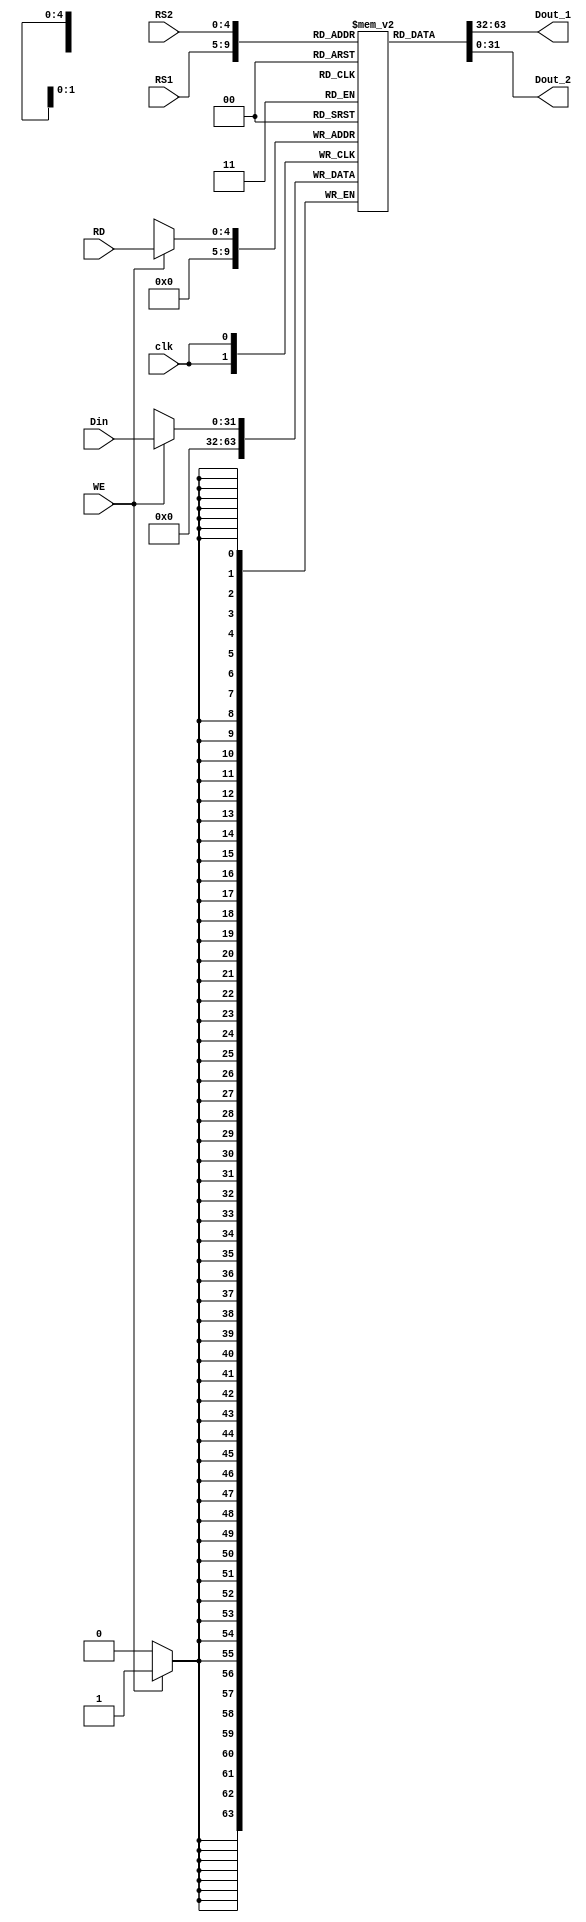
`timescale 1ns / 1ps
module Reg_File(WE, RD, RS1, RS2, Din, Dout_1, Dout_2, clk);
input WE;
input clk;
input[4:0] RD, RS1, RS2;
input [31:0]Din;
output [31:0] Dout_1, Dout_2;

reg [31:0] RFile[31:0];

    integer i;
    initial begin
        for (i = 0; i < 32; i = i + 1)begin
            RFile[i] = i;
        end
    end
    
    assign Dout_1 = RFile[RS1];
    assign Dout_2 = RFile[RS2];
    
    always@(posedge clk)
    begin
        if(WE == 1'b1)
            begin
                RFile[RD] = Din;
                RFile[0] = 0;
            end
    end
endmodule